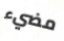
مضيء